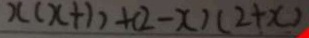
x ( x + 1 ) + ( 2 - x ) ( 2 + x )